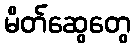
မိတ်ဆွေတွေ